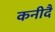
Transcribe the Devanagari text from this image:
कनीदै